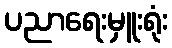
ပညာရေးမှူးရုံး